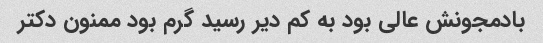
بادمجونش عالی بود به کم دیر رسید گرم بود ممنون دکتر